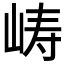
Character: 𫝵